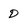
Character: D